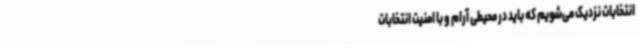
انتخابات نزدیک می‌شویم که باید در محیطی آرام و با امنیت انتخابات